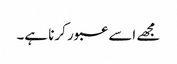
مجھے اسے عبور کرنا ہے۔